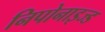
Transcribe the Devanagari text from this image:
निपोनाइज्ड